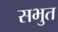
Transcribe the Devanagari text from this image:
सभुत